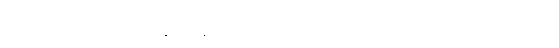
အယံမဟာပထဝီ၊ ဤနှစ်သိန်းလေးသောင်းအထုရှိသောမြေကြီးသည်။ ဥဒကေ၊